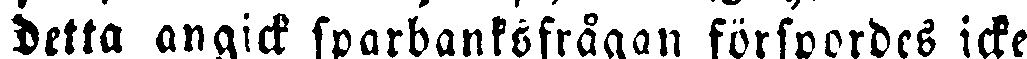
detta angick sparbanksfrågan förspordes icke